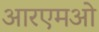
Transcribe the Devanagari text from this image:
आरएमओ